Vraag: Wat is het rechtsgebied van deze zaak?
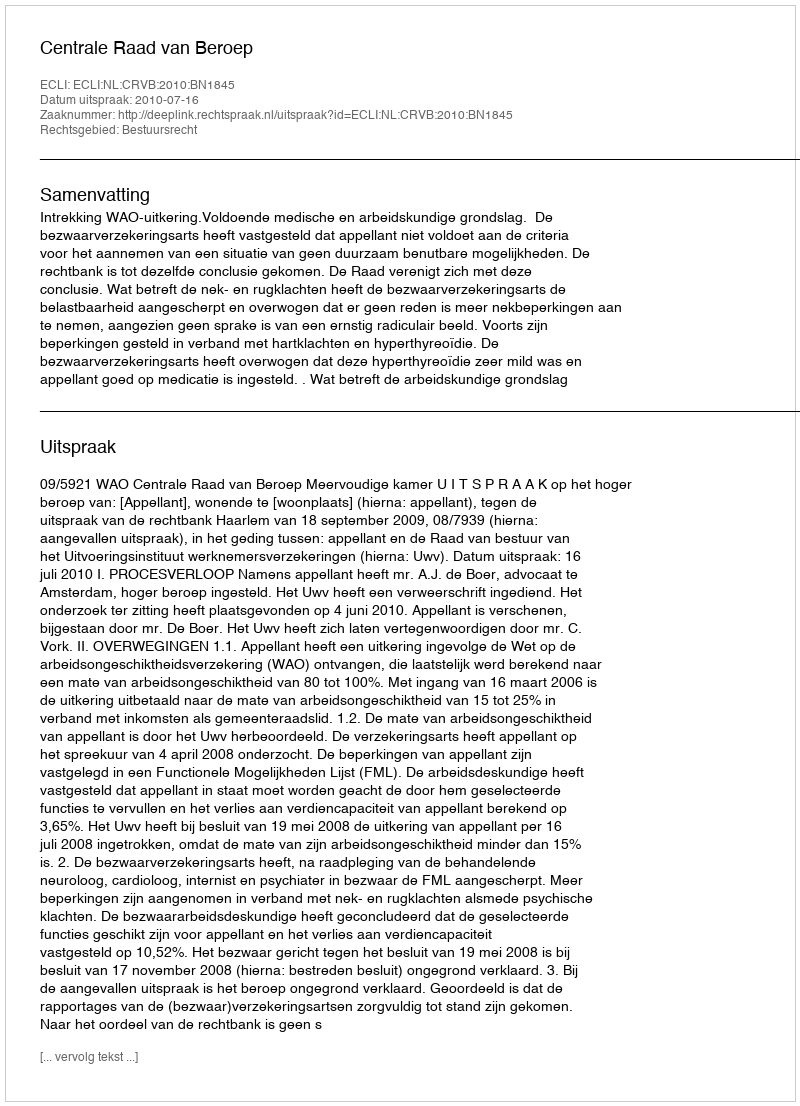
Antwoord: Bestuursrecht